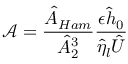
\mathcal { A } = \frac { \hat { A } _ { H a m } } { \hat { A } _ { 2 } ^ { 3 } } \frac { \epsilon \hat { h } _ { 0 } } { \hat { \eta } _ { l } \hat { U } }